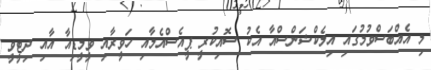
މި އެއްބަސްވުމުގައި އިލެކްޝަންސްއާ އެކު ސޮއިކުރީ ޕީއެސްއެމާއި ހަވީރާއި ވީމީީޑިއާ އާއި ދިޓީވީ